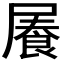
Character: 𡳋